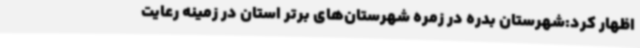
اظهار کرد:شهرستان بدره در زمره شهرستان‌های برتر استان در زمینه رعایت